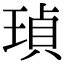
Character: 𤦹